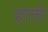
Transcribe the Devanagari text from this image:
होती